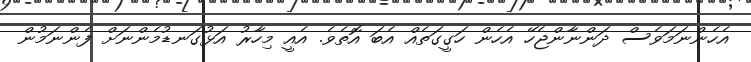
އެހެންނަމަވެސް ދަންނާންޖެހޭ އެހެން ހަގީގަތެއް އެބަ އޮތެވެ. އެއީ މިހާރު އަޅުގަނޑުމެންނަށް ފެންނަމުން